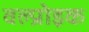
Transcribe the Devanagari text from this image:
वल्प्रोइक